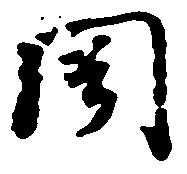
聞